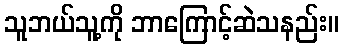
သူဘယ်သူ့ကို ဘာကြောင့်ဆဲသနည်း။